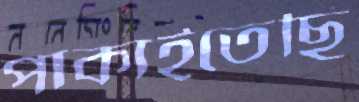
পাকাইতেছি